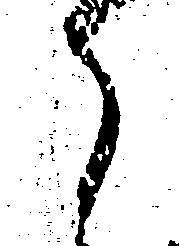
ら